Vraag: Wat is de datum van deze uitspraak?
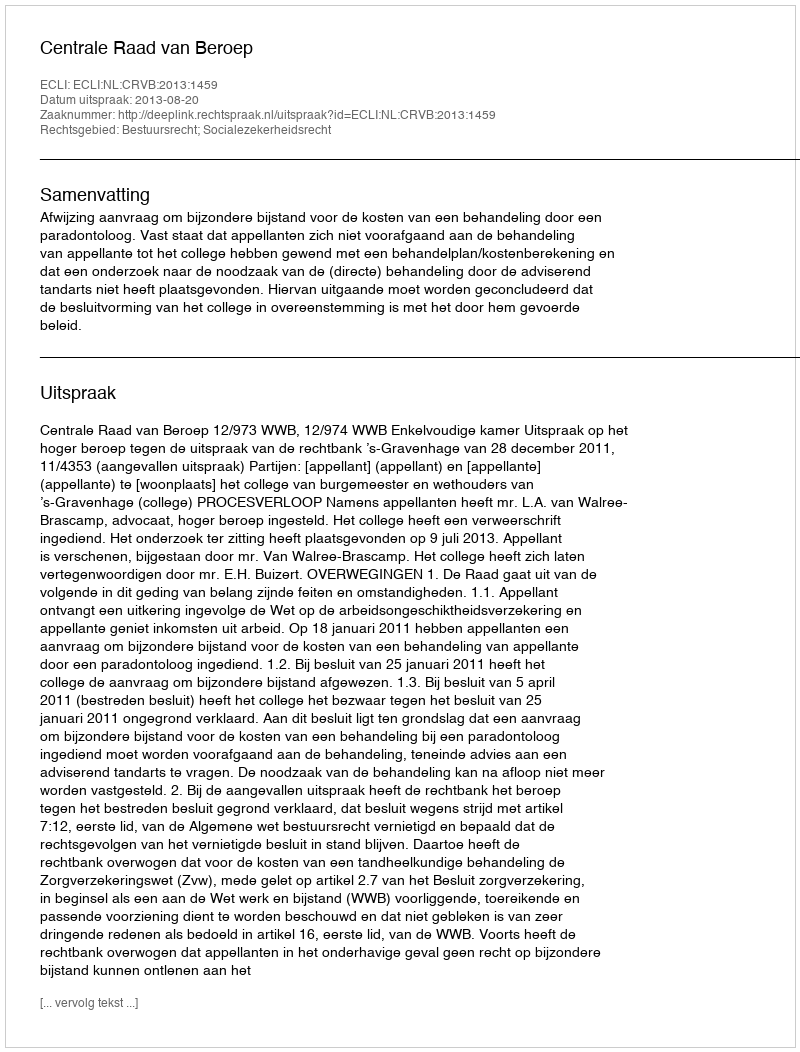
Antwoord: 2013-08-20